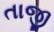
તાજી